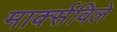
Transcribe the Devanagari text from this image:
मार्क्सविले